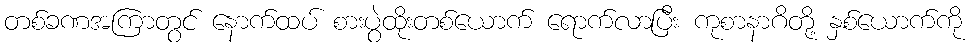
တစ်ခဏအကြာတွင် နောက်ထပ် စားပွဲထိုးတစ်ယောက် ရောက်လာပြီး ကုစာနာဂိတို့ နှစ်ယောက်ကို